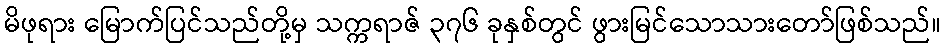
မိဖုရား မြောက်ပြင်သည်တို့မှ သက္ကရာဇ် ၃၇၆ ခုနှစ်တွင် ဖွားမြင်သောသားတော်ဖြစ်သည်။